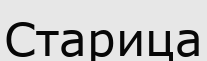
Старица